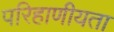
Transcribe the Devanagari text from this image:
परिहाणीयता